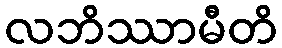
လဘိဿာမီတိ